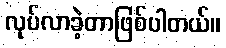
လုပ်လာခဲ့တာဖြစ်ပါတယ်။